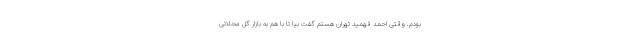
بودم، وقتی احمد فهمید تهران هستم گفت بیا تا با هم به بازار گل محلاتی